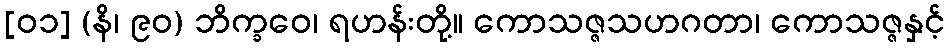
[၀၁] (နိ၊ ၉၀) ဘိက္ခဝေ၊ ရဟန်းတို့။ ကောသဇ္ဇသဟဂတာ၊ ကောသဇ္ဇနှင့်